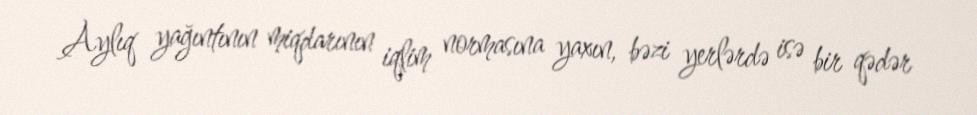
Aylıq yağıntının miqdarının iqlim normasına yaxın, bəzi yerlərdə isə bir qədər